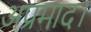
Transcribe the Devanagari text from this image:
अप्रमाद।